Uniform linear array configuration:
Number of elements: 48
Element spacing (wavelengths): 0.25
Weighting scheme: kaiser
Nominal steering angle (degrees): -15
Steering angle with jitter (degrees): -15.801
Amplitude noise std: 0.05
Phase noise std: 0.05

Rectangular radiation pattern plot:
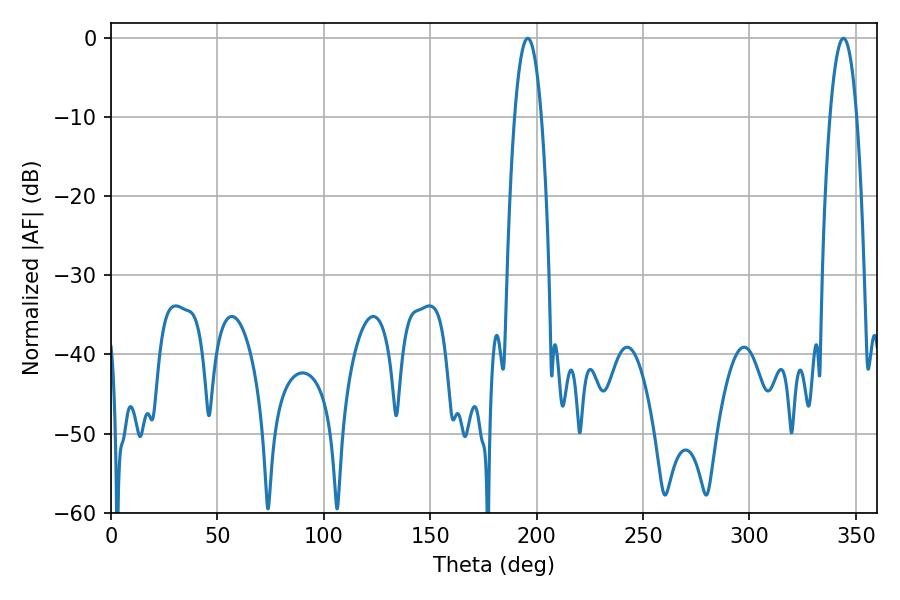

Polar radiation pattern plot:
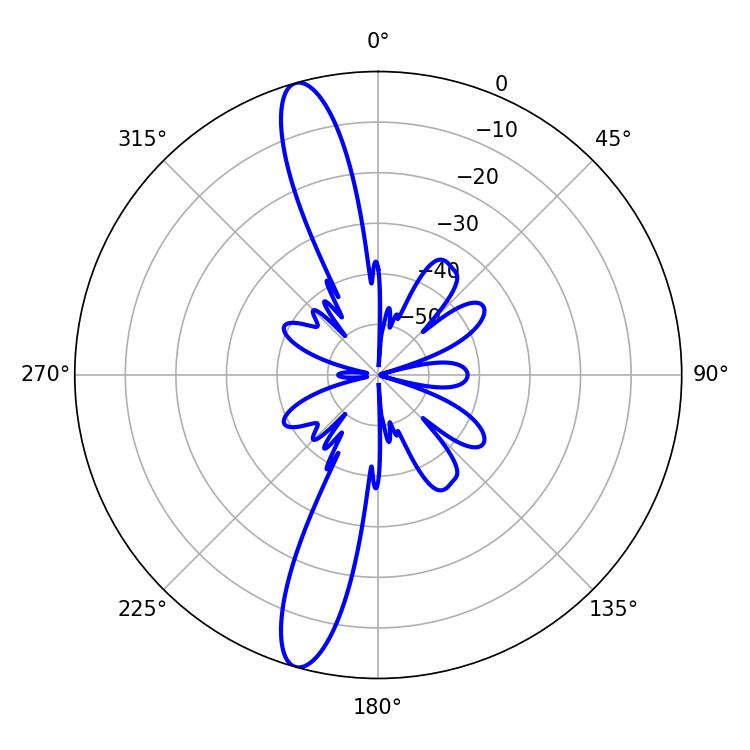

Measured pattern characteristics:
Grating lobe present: FALSE
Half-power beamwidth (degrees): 6.84
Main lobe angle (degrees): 195.84